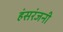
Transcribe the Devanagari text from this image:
हंसरंजनी